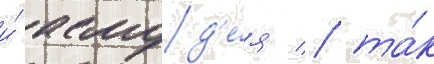
и́ асмод'е́я / та́к